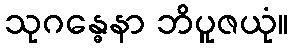
သုဂန္ဓေနာ ဘိပူဇယုံ။